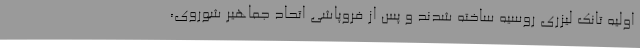
اولیه تانک لیزری روسیه ساخته شدند و پس از فروپاشی اتحاد جماهیر شوروی،